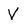
Character: V